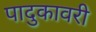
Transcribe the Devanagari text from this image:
पादुकावरी